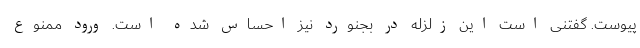
پیوست. گفتنی است این زلزله در بجنورد نیز احساس شده است. ورود ممنوع